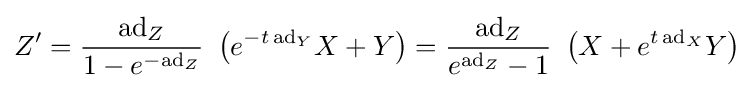
Z'={\frac {\mathrm {ad} _{Z}}{1-e^{-\mathrm {ad} _{Z}}}}~\left(e^{-t\,\mathrm {ad} _{Y}}X+Y\right)={\frac {\mathrm {ad} _{Z}}{e^{\mathrm {ad} _{Z}}-1}}~\left(X+e^{t\,\mathrm {ad} _{X}}Y\right)